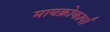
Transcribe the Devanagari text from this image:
मायक्रोकार्पा